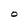
Character: O